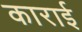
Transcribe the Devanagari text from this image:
काराई